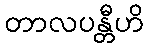
တာလပန္တီဟိ